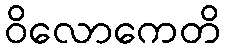
ဝိလောကေတိ